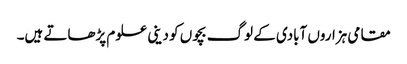
مقامی ہزاروں آبادی کے لوگ بچوں کو دینی علوم پڑھاتے ہیں۔